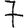
Digit: 7